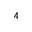
^ 4